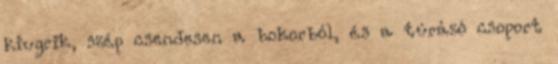
kiugrik, szép csendesen a bokorból, és a túrázó csoport